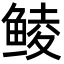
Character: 鲮